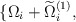
\begin{align*}\{\Omega_{i}+ \widetilde{\Omega}^{(1)}_{i},\end{align*}